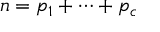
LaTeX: n = p _ { 1 } + \cdots + p _ { c }